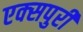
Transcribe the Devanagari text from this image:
एक्‍सपुरी